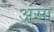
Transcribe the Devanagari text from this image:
अंसा